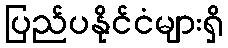
ပြည်ပနိုင်ငံများရှိ